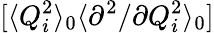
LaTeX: [\langle Q_{i}^{2}\rangle_{0}\langle{\partial^{2}}/{\partial Q_{i}^{2}}\rangle_{0}]